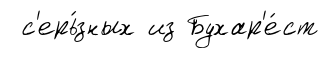
с'ерь́зных из Бухар'е́ст